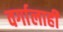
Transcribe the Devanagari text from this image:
वर्गालाही